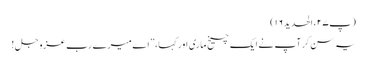
(پ۲۷، الحدید۱۶)
یہ سن کر آپ نے ایک چیخ ماری اور کہا،”اے میرے رب عزوجل !